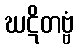
ဃဋိတဗ္ဗံ